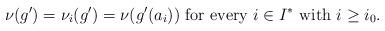
LaTeX: \begin{align*}\nu(g')=\nu_i(g')=\nu(g'(a_i))\mbox{ for every }i\in I^*\mbox{ with }i\geq i_0. \end{align*}